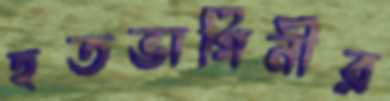
হতভাগিনীর